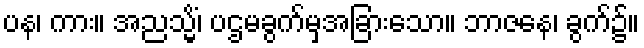
ပန၊ ကား။ အညသ္မိံ၊ ပဌမခွက်မှအခြားသော။ ဘာဇနေ၊ ခွက်၌။